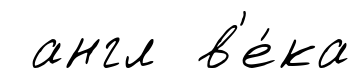
англ в'е́ка